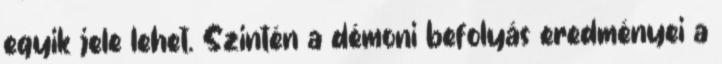
egyik jele lehet. Szintén a démoni befolyás eredményei a